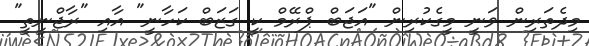
މިދެތަރިން ވަނީ މީގެކުރިން "އަޖަބް ޕްރޭމް ކީ ގަޒަބް ކަހާނީ" އާއި "ރާޖްނީތީ"